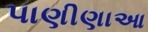
પાણીણાઆ